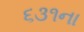
૬૩૧ના